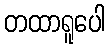
တထာရူပေါ